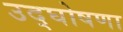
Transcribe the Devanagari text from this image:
उद्‌घोषणा